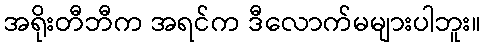
အရိုးတီဘီက အရင်က ဒီလောက်မများပါဘူး။